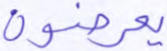
يعرضون